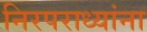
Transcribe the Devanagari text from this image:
निरपराध्यांना